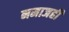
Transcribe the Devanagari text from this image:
नमाजही